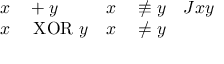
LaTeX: \begin{array} { r l r l r } { x } & { { } + y } & { x } & { { } \not \equiv y } & { J x y } \\ { x } & { { } \mathrm { ~ X O R ~ } y } & { x } & { { } \neq y } \end{array}